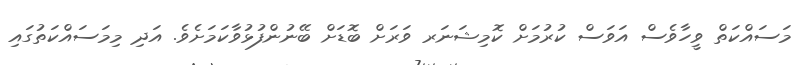
މަސައްކަތް ވީހާވެސް އަވަސް ކުރުމަށް ކޮމިޝަނަރ ވަރަށް ބޮޑަށް ބޭނުންފުޅުވާކަމަށެވެ. އަދި މިމަސައްކަތުގައި